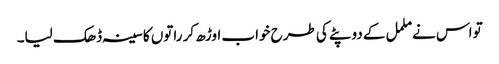
تو اس نے ململ کے دوپٹے کی طرح خواب اوڑھ کر راتوں کا سینہ ڈھک لیا۔